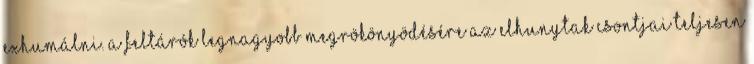
exhumálni. A feltárók legnagyobb megrökönyödésére az elhunytak csontjai teljesen